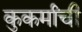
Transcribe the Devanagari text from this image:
कुकर्मांची